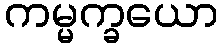
ကမ္မက္ခယော